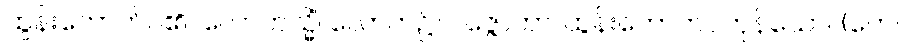
ထွန်းတောက်ပ၏။ လောကသ္မိံ၊ လောက၌။ ပဇ္ဇောတာ၊ ထွန်းတောက်ပကုန်သော။ (တေ၊